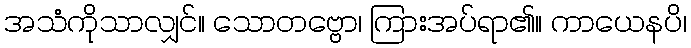
အသံကိုသာလျှင်။ သောတဗ္ဗော၊ ကြားအပ်ရာ၏။ ကာယေနပိ၊